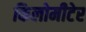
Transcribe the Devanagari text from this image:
किलोमीटेर